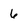
Character: 6